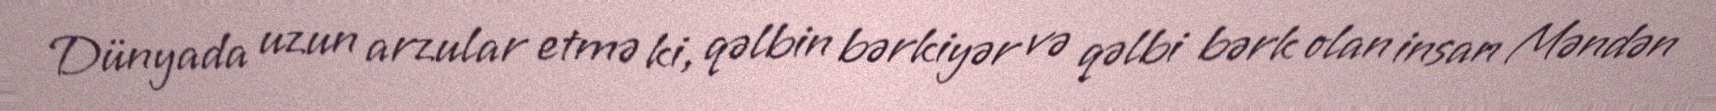
Dünyada uzun arzular etmə ki, qəlbin bərkiyər və qəlbi bərk olan insan Məndən